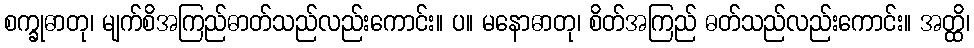
စက္ခုဓာတု၊ မျက်စိအကြည်ဓာတ်သည်လည်းကောင်း။ ပ။ မနောဓာတု၊ စိတ်အကြည် ဓတ်သည်လည်းကောင်း။ အတ္ထိ၊